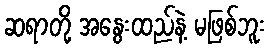
ဆရာတို့ အနွေးထည်နဲ့ မဖြစ်ဘူး